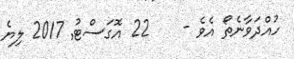
ހުއްދަވާނެތޯ އެވެ -    22 އޮގަސްޓު